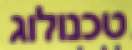
טכנולוג